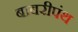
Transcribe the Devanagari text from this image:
बाबरीपंथ